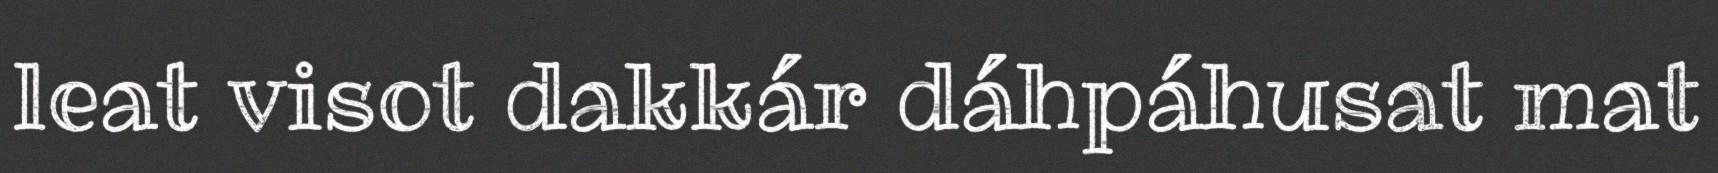
leat visot dakkár dáhpáhusat mat